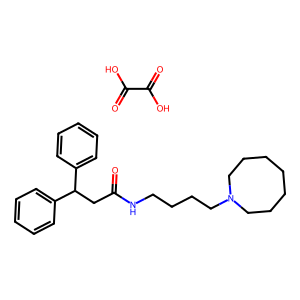
SMILES: O=C(CC(c1ccccc1)c1ccccc1)NCCCCN1CCCCCCC1.O=C(O)C(=O)O
Inhibits HIV replication: No